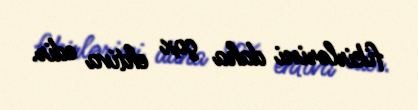
fikirlərini daha çox ehtiva edir.